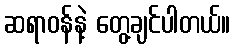
ဆရာဝန်နဲ့ တွေ့ချင်ပါတယ်။